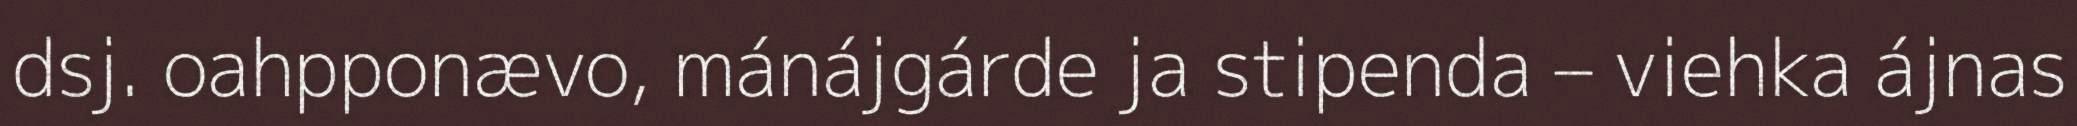
dsj. oahpponævo, mánájgárde ja stipenda – viehka ájnas